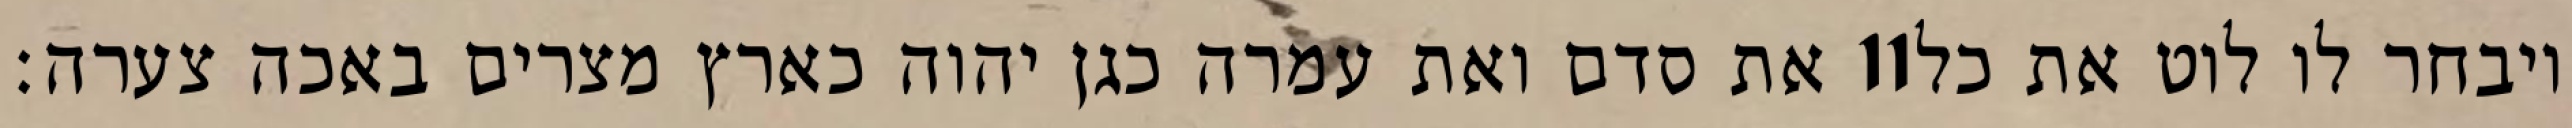
את סדם ואת עמרה כגן יהוה כארץ מצרים באכה צערה׃ ‎11‏ ויבחר לו לוט את כל